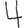
Digit: 4